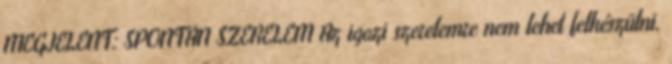
MEGJELENT: SPONTÁN SZERELEM Az igazi szerelemre nem lehet felkészülni.